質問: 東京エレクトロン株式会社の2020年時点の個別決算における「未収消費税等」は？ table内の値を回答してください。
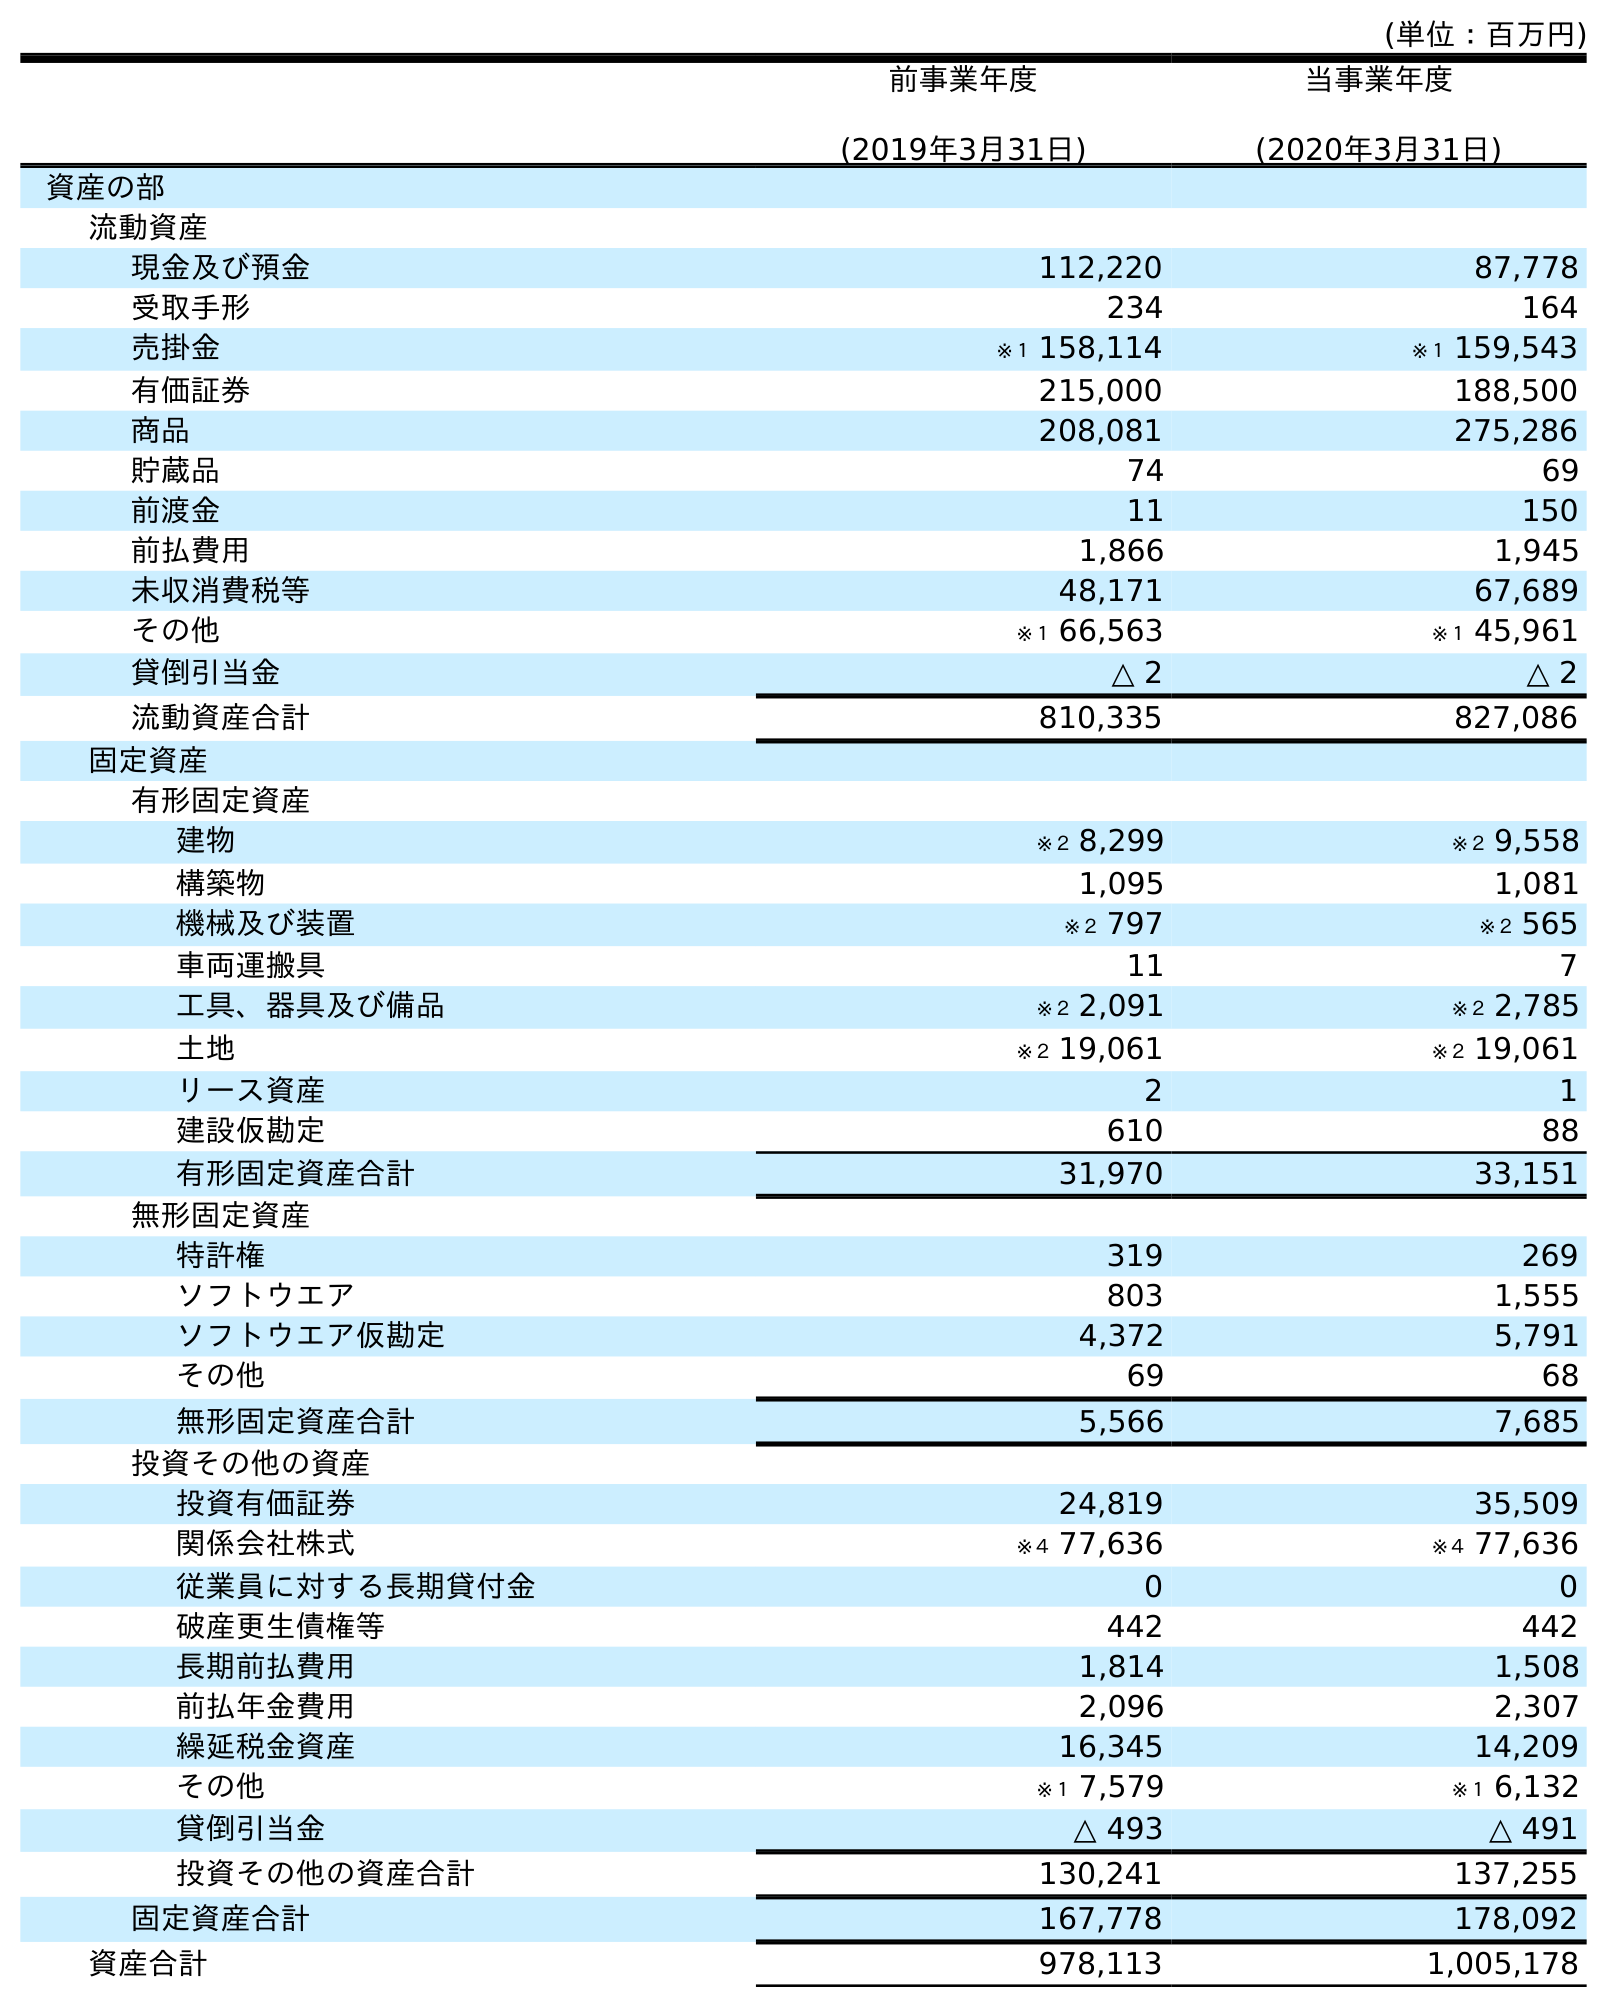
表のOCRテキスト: (単位：百万円) 前事業年度 (2019年3月31日) 当事業年度 (2020年3月31日) 資産の部 流動資産 現金及び預金 112,220 87,778 受取手形 234 164 売掛金 ※１ 158,114 ※１ 159,543 有価証券 215,000 188,500 商品 208,081 275,286 貯蔵品 74 69 前渡金 11 150 前払費用 1,866 1,945 未収消費税等 48,171 67,689 その他 ※１ 66,563 ※１ 45,961 貸倒引当金 △ 2 △ 2 流動資産合計 810,335 827,086 固定資産 有形固定資産 建物 ※２ 8,299 ※２ 9,558 構築物 1,095 1,081 機械及び装置 ※２ 797 ※２ 565 車両運搬具 11 7 工具、器具及び備品 ※２ 2,091 ※２ 2,785 土地 ※２ 19,061 ※２ 19,061 リース資産 2 1 建設仮勘定 610 88 有形固定資産合計 31,970 33,151 無形固定資産 特許権 319 269 ソフトウエア 803 1,555 ソフトウエア仮勘定 4,372 5,791 その他 69 68 無形固定資産合計 5,566 7,685 投資その他の資産 投資有価証券 24,819 35,509 関係会社株式 ※４ 77,636 ※４ 77,636 従業員に対する長期貸付金 0 0 破産更生債権等 442 442 長期前払費用 1,814 1,508 前払年金費用 2,096 2,307 繰延税金資産 16,345 14,209 その他 ※１ 7,579 ※１ 6,132 貸倒引当金 △ 493 △ 491 投資その他の資産合計 130,241 137,255 固定資産合計 167,778 178,092 資産合計 978,113 1,005,178
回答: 67,689